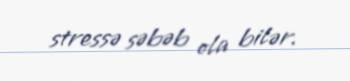
stressə səbəb ola bilər.